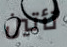
تأتين